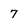
Character: 7